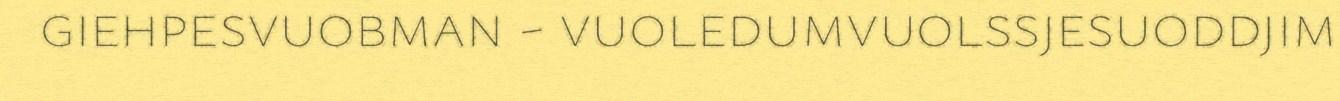
giehpesvuobman - vuoledumvuolssjesuoddjim